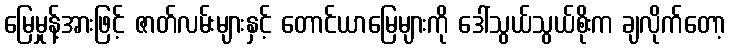
မြေမှုန့်အားဖြင့် ဇာတ်လမ်းများနှင့် တောင်ယာမြေများကို ဒေါ်သွယ်သွယ်စိုးက ချလိုက်တော့